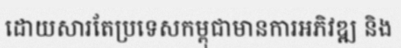
ដោយសារតែប្រទេសកម្ពុជាមានការអភិវឌ្ឍ និង